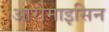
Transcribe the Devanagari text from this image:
आरोमाइसिन